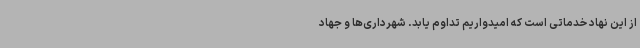
از این نهاد خدماتی است که امیدواریم تداوم یابد. شهرداری‌ها و جهاد